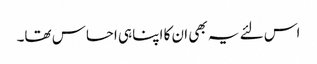
اس لئے یہ بھی ان کا اپنا ہی احساس تھا۔